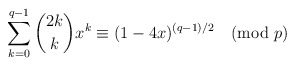
\begin{align*}\sum_{k=0}^{q-1}\binom{2k}{k}x^k\equiv(1-4x)^{(q-1)/2}\pmod{p}\end{align*}